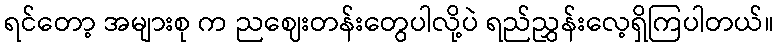
ရင်တော့ အများစု က ညဈေးတန်းတွေပါလို့ပဲ ရည်ညွှန်းလေ့ရှိကြပါတယ်။